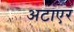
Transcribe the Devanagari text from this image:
अटाएर